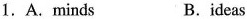
1. A. Minds B .ideas